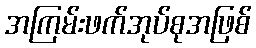
အကြမ်းဖက်အုပ်စုအဖြစ်